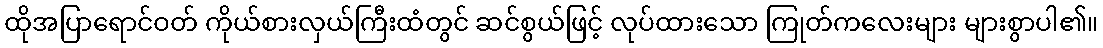
ထိုအပြာရောင်ဝတ် ကိုယ်စားလှယ်ကြီးထံတွင် ဆင်စွယ်ဖြင့် လုပ်ထားသော ကြုတ်ကလေးများ များစွာပါ၏။